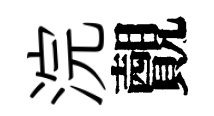
浣覿